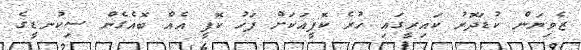
ޒެވިޔަން ކުޑަދޮރު ކައިރީގައި ހުރެ ކޮފީއަކަށް ފަހު ކޮފީ އެއް ބޮއެގެން ސިކުނޑީގެ